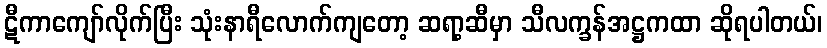
ဋီကာကျော်လိုက်ပြီး သုံးနာရီလောက်ကျတော့ ဆရာ့ဆီမှာ သီလက္ခန်အဋ္ဌကထာ ဆိုရပါတယ်၊